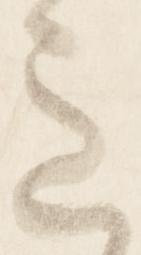
意